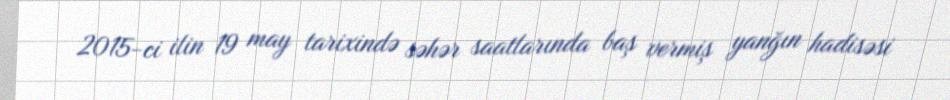
2015-ci ilin 19 may tarixində səhər saatlarında baş vermiş yanğın hadisəsi